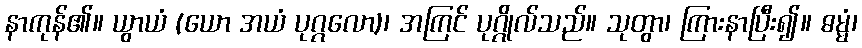
နာကုန်၏။ ယွာယံ (ယော အယံ ပုဂ္ဂလော)၊ အကြင် ပုဂ္ဂိုလ်သည်။ သုတွာ၊ ကြားနာပြီး၍။ ဓမ္မံ၊